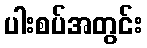
ပါးစပ်အတွင်း